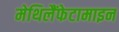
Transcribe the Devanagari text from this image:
मेथिलैंफेटामाइन